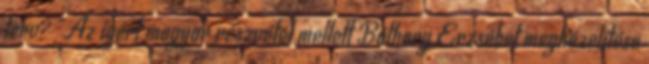
terv? "Az ígért magyar részvétel mellett Báthory Erzsébet megközelítése